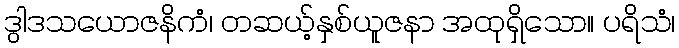
ဒွါဒသယောဇနိကံ၊ တဆယ့်နှစ်ယူဇနာ အထုရှိသော။ ပရိသံ၊